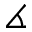
\measuredangle